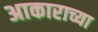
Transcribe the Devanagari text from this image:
अाकाराच्या